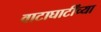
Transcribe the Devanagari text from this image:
वाटाघाटींच्या